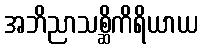
အဘိညာသစ္ဆိကိရိယာယ